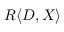
R \langle D , X \rangle